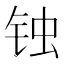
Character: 𰽶